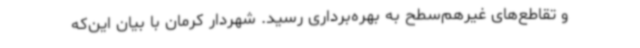
و تقاطع‌های غیرهم‌سطح به بهره‌برداری رسید. شهردار کرمان با بیان این‌که